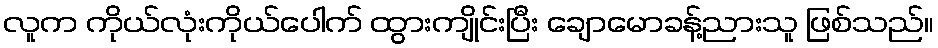
လူက ကိုယ်လုံးကိုယ်ပေါက် ထွားကျိုင်းပြီး ချောမောခန့်ညားသူ ဖြစ်သည်။